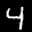
Label: 4